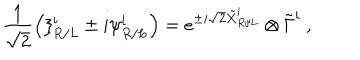
LaTeX: \frac { 1 } { \sqrt { 2 } } \left( \xi _ { R / L } ^ { i } \pm i \psi _ { R / L } ^ { i } \right) = e ^ { \pm i \sqrt { 2 } \tilde { X } _ { R / L } ^ { i } } \otimes \tilde { \Gamma } ^ { i } \ ,